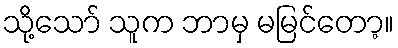
သို့သော် သူက ဘာမှ မမြင်တော့။